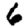
Digit: 6